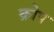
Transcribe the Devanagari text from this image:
क्रोप